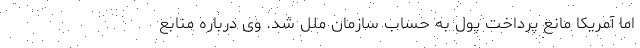
اما آمریکا مانع پرداخت پول‌ به حساب سازمان ملل شد. وی درباره منابع